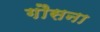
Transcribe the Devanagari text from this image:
गौसना